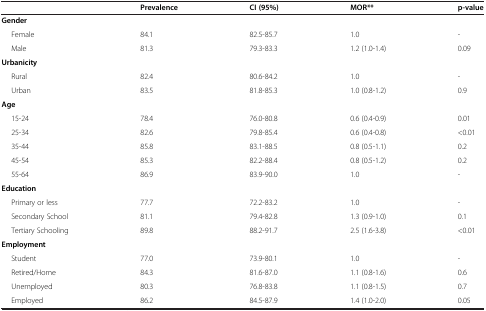
<table><thead><tr><td>[EMPTY_CELL]</td><td><b>Prevalence</b></td><td><b>CI (95%)</b></td><td><b>MOR**</b></td><td><b>p-value</b></td></tr></thead><tbody><tr><td><b>Gender</b></td><td>[EMPTY_CELL]</td><td>[EMPTY_CELL]</td><td>[EMPTY_CELL]</td><td>[EMPTY_CELL]</td></tr><tr><td>Female</td><td>84.1</td><td>82.5-85.7</td><td>1.0</td><td>-</td></tr><tr><td>Male</td><td>81.3</td><td>79.3-83.3</td><td>1.2 (1.0-1.4)</td><td>0.09</td></tr><tr><td><b>Urbanicity</b></td><td>[EMPTY_CELL]</td><td>[EMPTY_CELL]</td><td>[EMPTY_CELL]</td><td>[EMPTY_CELL]</td></tr><tr><td>Rural</td><td>82.4</td><td>80.6-84.2</td><td>1.0</td><td>-</td></tr><tr><td>Urban</td><td>83.5</td><td>81.8-85.3</td><td>1.0 (0.8-1.2)</td><td>0.9</td></tr><tr><td><b>Age</b></td><td>[EMPTY_CELL]</td><td>[EMPTY_CELL]</td><td>[EMPTY_CELL]</td><td>[EMPTY_CELL]</td></tr><tr><td>15-24</td><td>78.4</td><td>76.0-80.8</td><td>0.6 (0.4-0.9)</td><td>0.01</td></tr><tr><td>25-34</td><td>82.6</td><td>79.8-85.4</td><td>0.6 (0.4-0.8)</td><td>&lt;0.01</td></tr><tr><td>35-44</td><td>85.8</td><td>83.1-88.5</td><td>0.8 (0.5-1.1)</td><td>0.2</td></tr><tr><td>45-54</td><td>85.3</td><td>82.2-88.4</td><td>0.8 (0.5-1.2)</td><td>0.2</td></tr><tr><td>55-64</td><td>86.9</td><td>83.9-90.0</td><td>1.0</td><td>-</td></tr><tr><td><b>Education</b></td><td>[EMPTY_CELL]</td><td>[EMPTY_CELL]</td><td>[EMPTY_CELL]</td><td>[EMPTY_CELL]</td></tr><tr><td>Primary or less</td><td>77.7</td><td>72.2-83.2</td><td>1.0</td><td>-</td></tr><tr><td>Secondary School</td><td>81.1</td><td>79.4-82.8</td><td>1.3 (0.9-1.0)</td><td>0.1</td></tr><tr><td>Tertiary Schooling</td><td>89.8</td><td>88.2-91.7</td><td>2.5 (1.6-3.8)</td><td>&lt;0.01</td></tr><tr><td><b>Employment</b></td><td>[EMPTY_CELL]</td><td>[EMPTY_CELL]</td><td>[EMPTY_CELL]</td><td>[EMPTY_CELL]</td></tr><tr><td>Student</td><td>77.0</td><td>73.9-80.1</td><td>1.0</td><td>-</td></tr><tr><td>Retired/Home</td><td>84.3</td><td>81.6-87.0</td><td>1.1 (0.8-1.6)</td><td>0.6</td></tr><tr><td>Unemployed</td><td>80.3</td><td>76.8-83.8</td><td>1.1 (0.8-1.5)</td><td>0.7</td></tr><tr><td>Employed</td><td>86.2</td><td>84.5-87.9</td><td>1.4 (1.0-2.0)</td><td>0.05</td></tr></tbody></table>